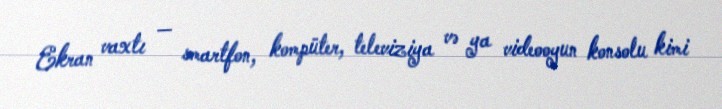
Ekran vaxtı — smartfon, kompüter, televiziya və ya videooyun konsolu kimi